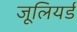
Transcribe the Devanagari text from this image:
जूलियर्ड